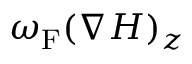
\omega _ { \mathrm { { F } } } ( \nabla H ) _ { z }